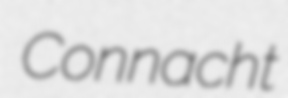
Connacht